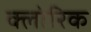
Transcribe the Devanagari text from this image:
क्लोरिक